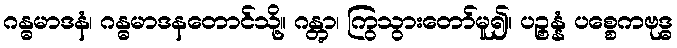
ဂန္ဓမာဒနံ၊ ဂန္ဓမာဒနတောင်သို့။ ဂန္တွာ၊ ကြွသွားတော်မူ၍။ ပဉ္စန္နံ ပစ္စေကဗုဒ္ဓ